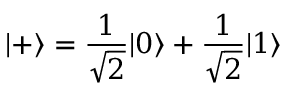
| + \rangle = \frac { 1 } { \sqrt { 2 } } | 0 \rangle + \frac { 1 } { \sqrt { 2 } } | 1 \rangle